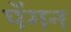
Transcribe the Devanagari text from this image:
पॅगन